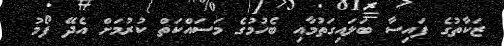
ޒަކާތުގެ ފައިސާ ބަލައިގަތުމާއި ބެހުމުގެ މަސައްކަތް ކުރުމަށް އެދޭ ފޯމު